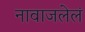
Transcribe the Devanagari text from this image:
नावाजलेलं